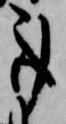
事